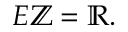
E \mathbb { Z } = \mathbb { R } .